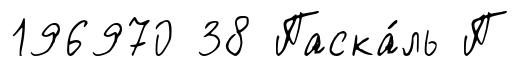
196970 38 Паска́ль П